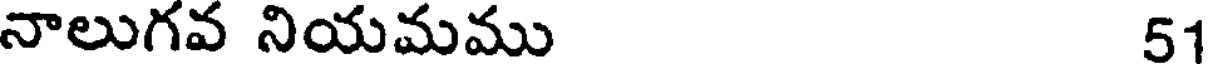
నాలుగవ నియమము 51